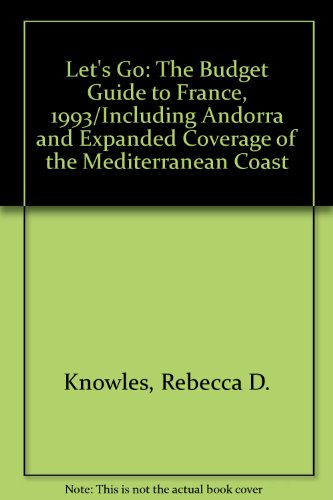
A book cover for Let's Go: The Budget Guide to France, 1993/Including Andorra and Expanded Coverage of the Mediterranean Coast (Let's Go: France); Rebecca D. Knowles; Travel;